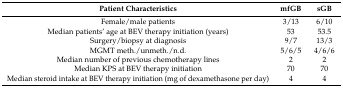
<table><thead><tr><td><b>Patient Characteristics</b></td><td><b>mfGB</b></td><td><b>sGB</b></td></tr></thead><tbody><tr><td>Female/male patients</td><td>3/13</td><td>6/10</td></tr><tr><td>Median patients’ age at BEV therapy initiation (years)</td><td>53</td><td>53.5</td></tr><tr><td>Surgery/biopsy at diagnosis</td><td>9/7</td><td>13/3</td></tr><tr><td>MGMT meth./unmeth./n.d.</td><td>5/6/5</td><td>4/6/6</td></tr><tr><td>Median number of previous chemotherapy lines</td><td>2</td><td>2</td></tr><tr><td>Median KPS at BEV therapy initiation</td><td>70</td><td>70</td></tr><tr><td>Median steroid intake at BEV therapy initiation (mg of dexamethasone per day)</td><td>4</td><td>4</td></tr></tbody></table>